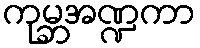
ကုမ္ဘအဏ္ဍကာ